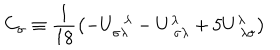
LaTeX: C _ { \sigma } \equiv \frac { 1 } { 1 8 } \left( - U _ { \sigma \lambda } ^ { ~ ~ \lambda } - U _ { ~ \sigma \lambda } ^ { \lambda } + 5 U _ { ~ \lambda \sigma } ^ { \lambda } \right)